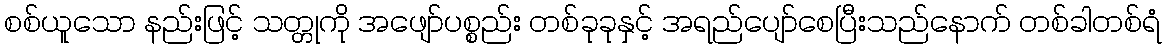
စစ်ယူသော နည်းဖြင့် သတ္တုကို အဖျော်ပစ္စည်း တစ်ခုခုနှင့် အရည်ပျော်စေပြီးသည်နောက် တစ်ခါတစ်ရံ